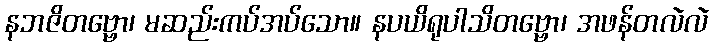
နဘဇိတဗ္ဗော၊ မဆည်းကပ်အပ်သော။ နပယိရုပါသိတဗ္ဗော၊ အဖန်တလဲလဲ